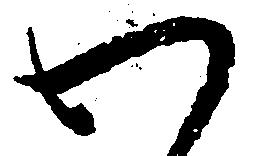
わ